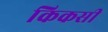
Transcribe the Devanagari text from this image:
किकसी